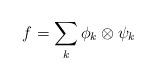
LaTeX: \begin{align*}f=\sum_k \phi_k \otimes \psi_k\end{align*}